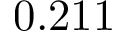
0 . 2 1 1